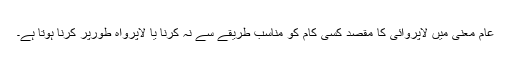
عام معنی میں لاپروائی کا مقصد کِسی کام کو مناسب طریقے سے نہ کرنا یا لاپرواہ طورپر کرنا ہوتا ہے۔